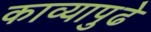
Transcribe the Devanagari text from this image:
काव्यापुढे